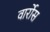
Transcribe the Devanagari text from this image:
वार्रोस